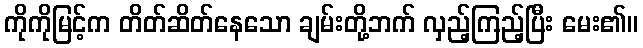
ကိုကိုမြင့်က တိတ်ဆိတ်နေသော ချမ်းတို့ဘက် လှည့်ကြည့်ပြီး မေး၏။